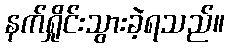
နက်ရှိုင်းသွားခဲ့ရသည်။